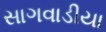
સાગવાડીયા